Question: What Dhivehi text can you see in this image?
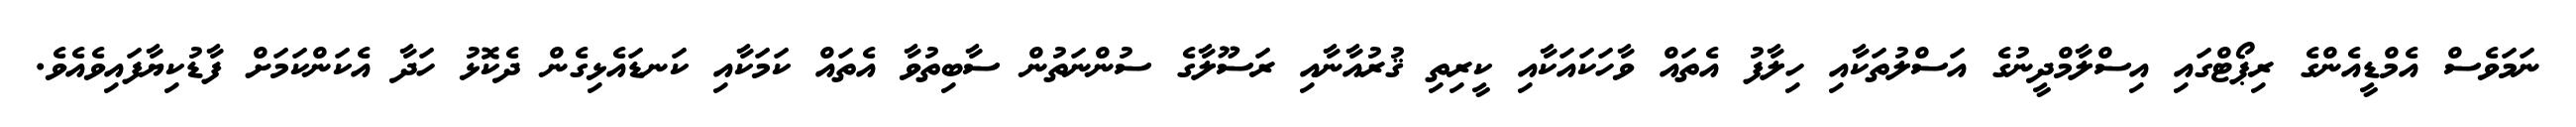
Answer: ނަމަވެސް އެމްޑީއެންގެ ރިޕޯޓްގައި އިސްލާމްދީނުގެ އަސްލުތަކާއި ހިލާފު އެތައް ވާހަކައަކާއި ކީރިތި ޤުރުއާނާއި ރަސޫލާގެ ސުންނަތުން ސާބިތުވާ އެތައް ކަމަކާއި ކަނޑައެޅިގެން ދެކޮޅު ހަދާ އެކަންކަމަށް ފާޑުކިޔާފައިވެއެވެ.